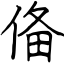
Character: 俻